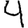
Digit: 4